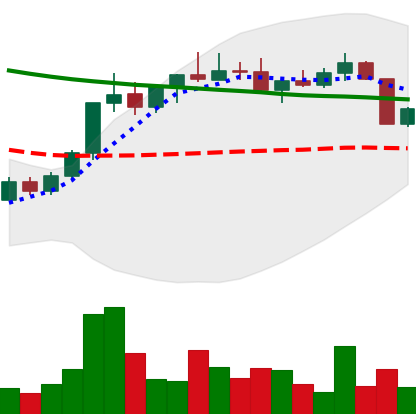
Ticker: ADA-USD
Chart end date: 2022-04-07
Forward return: -12.524%
Label: down_7plus